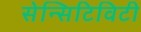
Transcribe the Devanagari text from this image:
सेन्सिटिविटी